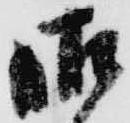
御